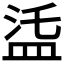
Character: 𥁩